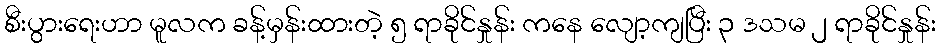
စီးပွားရေးဟာ မူလက ခန့်မှန်းထားတဲ့ ၅ ရာခိုင်နှုန်း ကနေ လျော့ကျပြီး ၃ ဒသမ ၂ ရာခိုင်နှုန်း